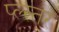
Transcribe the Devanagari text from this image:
प्ल्स्तर